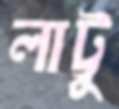
লাট্টু